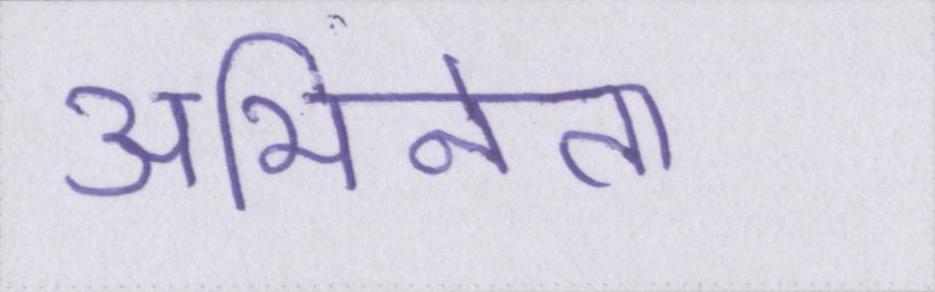
अभिनेता